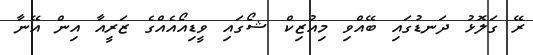
ރޭ ގަލޮޅު ދަނޑުގައި ބޭއްވި މިއުޒިކް ޝޯގައި ވީޑިއޯއެއްގެ ޒަރީއާ އިން އޭނާ